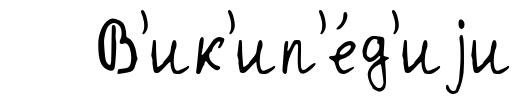
В'ик'ип'е́д'иjи